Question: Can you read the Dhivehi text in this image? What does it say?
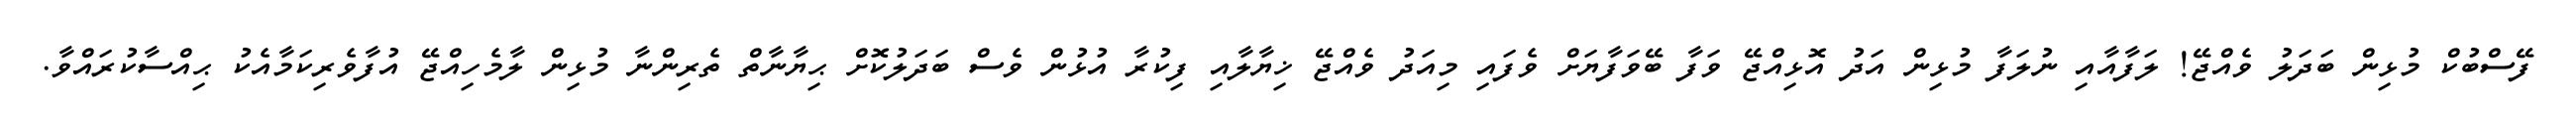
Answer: ފޭސްބުކް މުޅިން ބަދަލު ވެއްޖޭ! ލަފާއާއި ނުލަފާ މުޅިން އަދު އޮޅިއްޖޭ ވަފާ ބޭވަފާޔަށް ވެފައި މިއަދު ވެއްޖޭ ޚިޔާލާއި ފިކުރާ އުޅުން ވެސް ބަދަލުކޮށް ޙިޔާނާތް ތެރިންނާ މުޅިން ލާމެހިއްޖޭ އުފާވެރިކަމާއެކު ޙިއްސާކުރައްވާ.